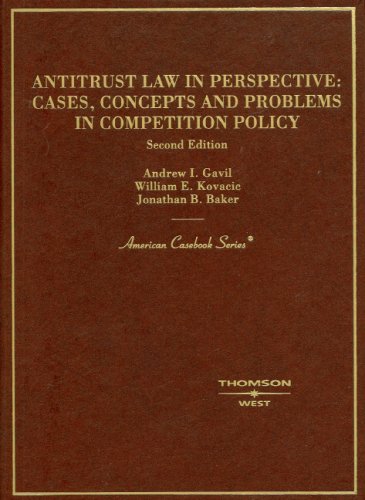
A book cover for Antitrust Law in Perspective: Cases, Concepts and Problems in Competition Policy (American Casebook Series); Andrew I. Gavil; Law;